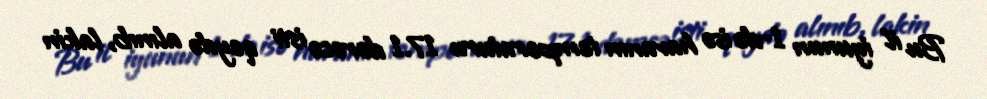
Bu il iyunun 1-də isə havanın temperaturu 17.1 dərəcə isti qeydə alınıb, lakin